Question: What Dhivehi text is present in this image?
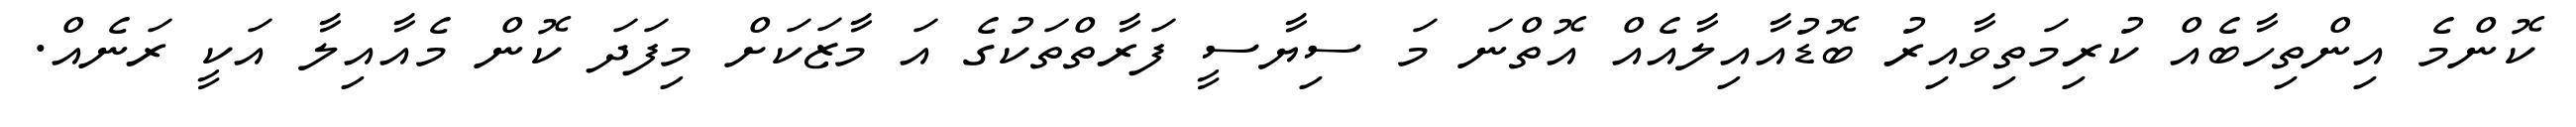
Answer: ކޮންމެ އިންތިހާބެއް ކުރިމަތިވާއިރު ބޮޑުއާއިލާއެއް އޮތްނަ މަ ސިޔާސީ ފަރާތްތަކުގެ އަ މާޒަކަށް މިފަދަ ކޮން މެއާއިލާ އަކީ ރަނެއް.